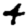
Digit: 4